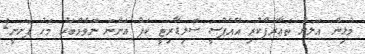
މުޅިން އަލަށް ތަޢާރަފްކުރި އޭއެފްސީ ސޮލިޑާރިޓީ ކަޕް އަންނަ ނޮވެމްބަރު މަހު ފަށަނީ2